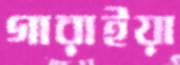
গারাইয়া